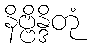
နိဗ္ဗိန္ဒိတုံ